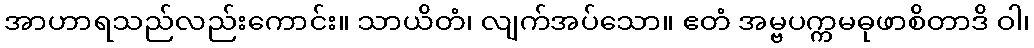
အာဟာရသည်လည်းကောင်း။ သာယိတံ၊ လျက်အပ်သော။ ဧတံ အမ္ဗပက္ကမဓုဖာစိတာဒိ ဝါ၊